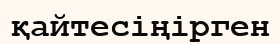
қайтесіңірген